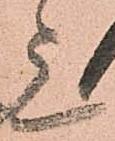
上